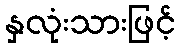
နှလုံးသားဖြင့်